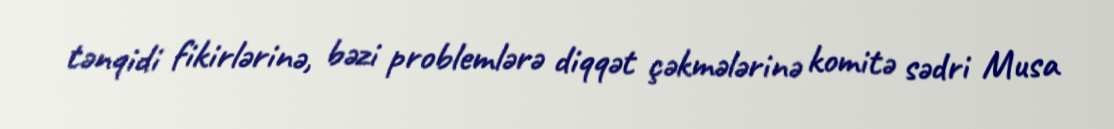
tənqidi fikirlərinə, bəzi problemlərə diqqət çəkmələrinə komitə sədri Musa